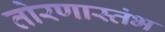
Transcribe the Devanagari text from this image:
तोरणास्तंभ